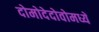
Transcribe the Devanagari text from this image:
दोमोदेदोवोमध्ये